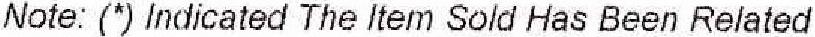
NOTE: (*) INDICATED THE ITEM SOLD HAS BEEN RELATED